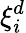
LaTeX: \xi_{i}^{d}